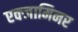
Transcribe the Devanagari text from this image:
एक्जामिनर